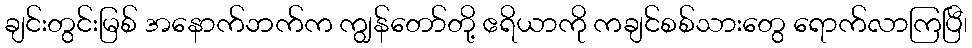
ချင်းတွင်းမြစ် အနောက်ဘက်က ကျွန်တော်တို့ ဧရိယာကို ကချင်စစ်သားတွေ ရောက်လာကြပြီ၊